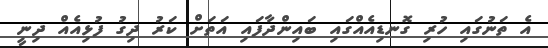
އެ ތަނުގައި ހުރި ގޮނޑިއެއްގައި ބައިންދާފައި އަތަށް ކަރު ދިގު ފުޅިއެއް ދިނީ